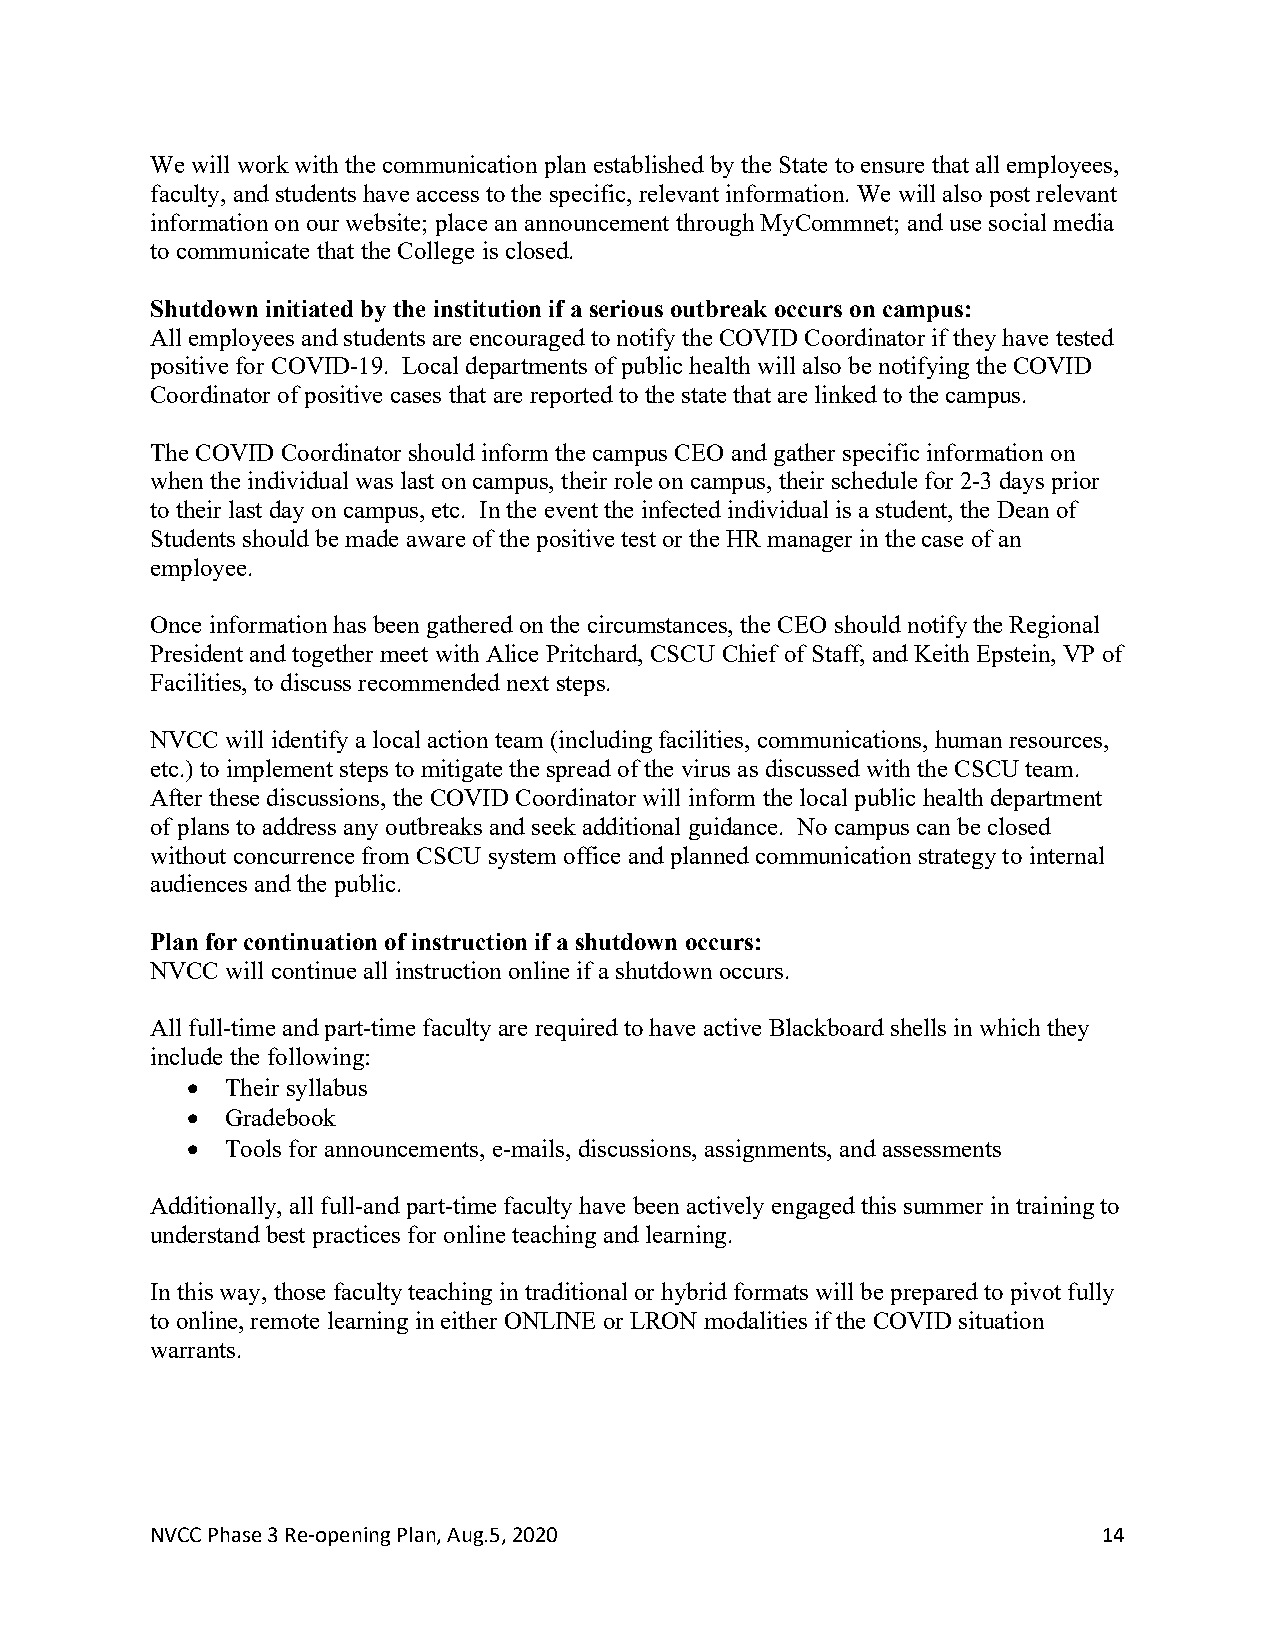
We will work with the communication plan established by the State to ensure that all employees,
 faculty, and students have access to the specific, relevant information. We will also post relevant
 information on our website; place an announcement through MyCommnet; and use social media
 to communicate that the College is closed.
 Shutdown initiated by the institution if a serious outbreak occurs on campus:
 All employees and students are encouraged to notify the COVID Coordinator if they have tested
 positive for COVID-19. Local departments of public health will also be notifying the COVID
 Coordinator of positive cases that are reported to the state that are linked to the campus.
 The COVID Coordinator should inform the campus CEO and gather specific information on
 when the individual was last on campus, their role on campus, their schedule for 2-3 days prior
 to their last day on campus, etc. In the event the infected individual is a student, the Dean of
 Students should be made aware of the positive test or the HR manager in the case of an
 employee.
 Once information has been gathered on the circumstances, the CEO should notify the Regional
 President and together meet with Alice Pritchard, CSCU Chief of Staff, and Keith Epstein, VP of
 Facilities, to discuss recommended next steps.
 NVCC will identify a local action team (including facilities, communications, human resources,
 etc.) to implement steps to mitigate the spread of the virus as discussed with the CSCU team.
 After these discussions, the COVID Coordinator will inform the local public health department
 of plans to address any outbreaks and seek additional guidance. No campus can be closed
 without concurrence from CSCU system office and planned communication strategy to internal
 audiences and the public.
 Plan for continuation of instruction if a shutdown occurs:
 NVCC will continue all instruction online if a shutdown occurs.
 All full-time and part-time faculty are required to have active Blackboard shells in which they
 include the following:
 •  Their syllabus
 •  Gradebook
 •  Tools for announcements, e-mails, discussions, assignments, and assessments
 Additionally, all full-and part-time faculty have been actively engaged this summer in training to
 understand best practices for online teaching and learning.
 In this way, those faculty teaching in traditional or hybrid formats will be prepared to pivot fully
 to online, remote learning in either ONLINE or LRON modalities if the COVID situation
 warrants.
 NVCC Phase 3 Re-opening Plan, Aug.5, 2020                      14